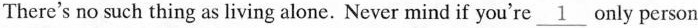
There's no such thing as living alone. Never mind if you're\underline{1} only person